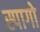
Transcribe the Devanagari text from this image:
स्पागो